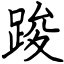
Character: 踆